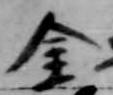
金